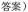
答案)